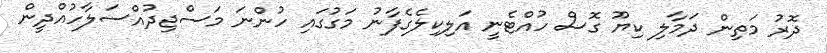
ދޮރު މަތިން ދަމާލި ކިޔޫ ގޮސް ހުއްޓެނީ އަލިކިލެގެފާނު މަގުގައި ހުންނަ މަސްޖިދުއްސަލާހުއްދީން